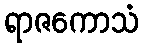
ရာဇကောသံ